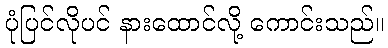
ပုံပြင်လိုပင် နားထောင်လို့ ကောင်းသည်။